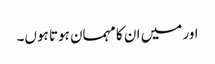
اور میں ان کا مہمان ہوتا ہوں۔